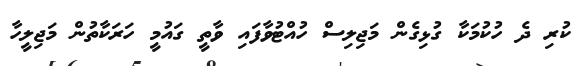
ކުރި ދެ ހުކުމަކާ ގުޅިގެން މަޖިލިސް ހުއްޓުވާފައި ވާތީ ގައުމީ ހަރަކާތުން މަޖިލީހާ